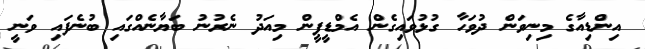
އިންޑިއާގެ މިނިވަން ދުވަހާ ގުޅުވައިގެން އެމްޑީޕީން މިއަދު ނެރުނު ބަޔާނެއްގައި ބުނެފައި ވަނީ